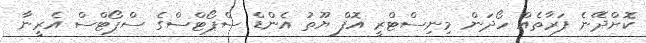
ކޮށްދޭނެ ފަރާތެއް ހޯދަން މިނިސްޓްރީ އޮފް ޔޫތު އެންޑް ސްޕޯޓްސްގެ ސްޕޯޓްސް އެރީނާ